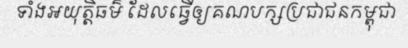
ទាំងអយុត្តិធម៌ ដែលធ្វើឲ្យគណបក្សប្រជាជនកម្ពុជា